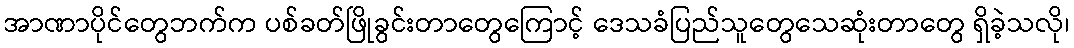
အာဏာပိုင်တွေဘက်က ပစ်ခတ်ဖြိုခွင်းတာတွေကြောင့် ဒေသခံပြည်သူတွေသေဆုံးတာတွေ ရှိခဲ့သလို၊